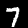
Digit: 7